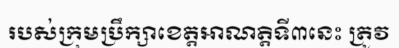
របស់ក្រុមប្រឹក្សាខេត្តអាណត្តិទី៣នេះ ត្រូវ